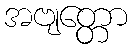
အဗျတ္တော